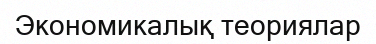
Экономикалық теориялар